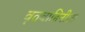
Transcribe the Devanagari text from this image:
वृतवाहिनीला